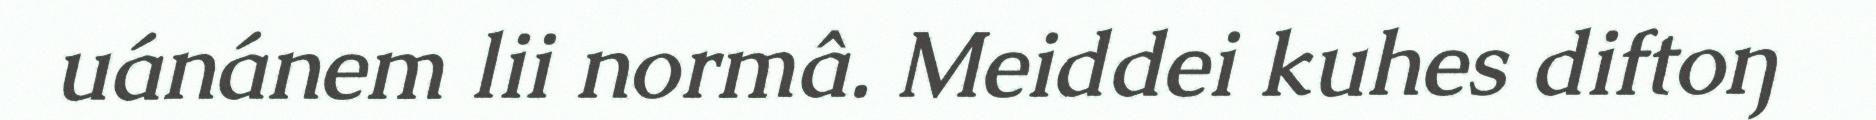
uánánem lii normâ. Meiddei kuhes diftoŋ